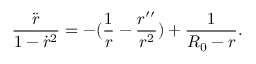
\frac { \ddot { r } } { 1 - \dot { r } ^ { 2 } } = - ( \frac { 1 } { r } - \frac { r ^ { \prime \prime } } { r ^ { 2 } } ) + \frac { 1 } { R _ { 0 } - r } .